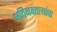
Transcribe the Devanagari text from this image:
अतिनवताऱ्यांचा